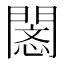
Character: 𢡥